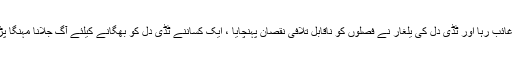
شاہ پورچاکر میں بھی محکمہ زراعت غائب رہا اور ٹڈی دل کی یلغار نے فصلوں کو ناقابل تلافی نقصان پہنچایا ، ایک کساننے ٹڈی دَل کو بھگانے کیلئے آگ جلانا مہنگا پڑگیا اور آگ سے اپنا ہی گھر جلا بیٹھا ۔